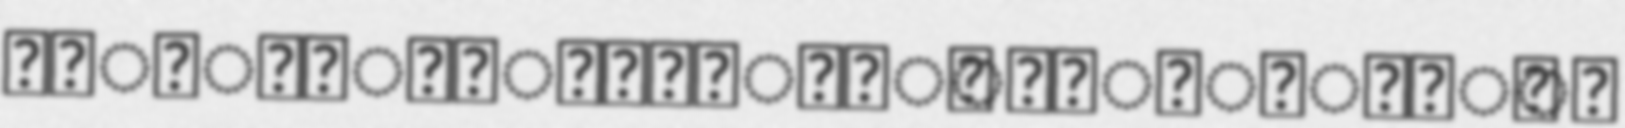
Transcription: အခြေခံပညာအထက်တန်းကျောင်း